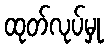
ထုတ်လုပ်မှု